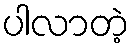
ပါလာတဲ့